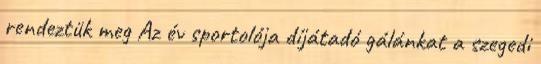
rendeztük meg Az év sportolója díjátadó gálánkat a szegedi